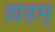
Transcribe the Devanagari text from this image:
ह्यहम्